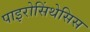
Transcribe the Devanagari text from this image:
पाइरोसिंथेसिस